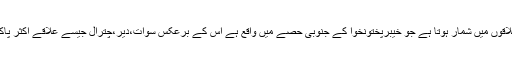
ڈیرہ اسماعیل خان پاکستان کے گرم ترین علاقوں میں شمار ہوتا ہے جو خیبرپختونخوا کے جنوبی حصے میں واقع ہے اس کے برعکس سوات،دیر،چترال جیسے علاقے اکثر پاکستان کے سرد علاقوں میں شمار ہوتے ہیں۔